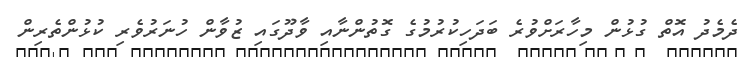
ދެމެދު އޮތް ގުޅުން މިހާރަށްވުރެ ބަދަހިކުރުމުގެ ގޮތުންނާއި ވާދޫގައި ޒުވާން ހުނަރުވެރި ކުޅުންތެރިން